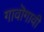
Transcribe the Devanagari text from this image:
गावॊगावी